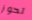
تحوز